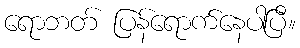
ရောဘတ် ပြန်ရောက်နေပါပြီ။